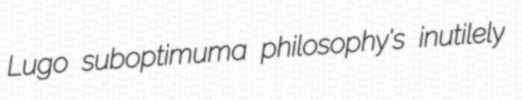
Lugo suboptimuma philosophy's inutilely